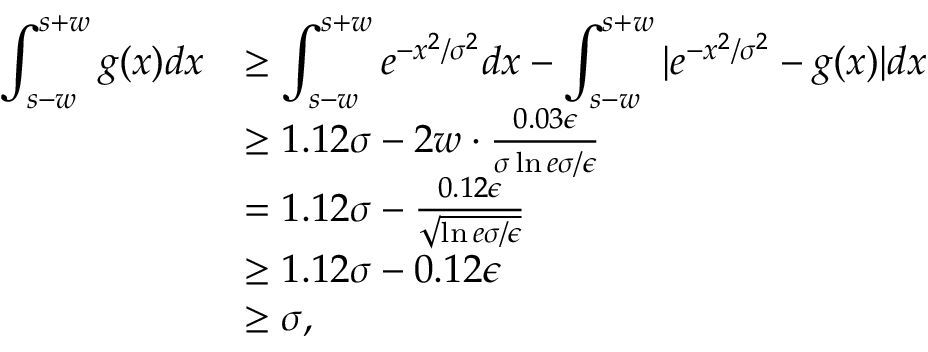
\begin{array} { r l } { \displaystyle \int _ { s - w } ^ { s + w } g ( x ) d x } & { \ge \displaystyle \int _ { s - w } ^ { s + w } e ^ { - x ^ { 2 } / \sigma ^ { 2 } } d x - \displaystyle \int _ { s - w } ^ { s + w } | e ^ { - x ^ { 2 } / \sigma ^ { 2 } } - g ( x ) | d x } \\ & { \ge 1 . 1 2 \sigma - 2 w \cdot \frac { 0 . 0 3 \epsilon } { \sigma \ln { e \sigma / \epsilon } } } \\ & { = 1 . 1 2 \sigma - \frac { 0 . 1 2 \epsilon } { \sqrt { \ln { e \sigma / \epsilon } } } } \\ & { \ge 1 . 1 2 \sigma - 0 . 1 2 \epsilon } \\ & { \ge \sigma , } \end{array}